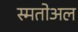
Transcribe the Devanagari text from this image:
स्मतोअल